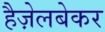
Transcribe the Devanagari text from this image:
हैज़ेलबेकर